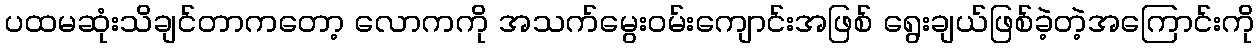
ပထမဆုံးသိချင်တာကတော့ လောကကို အသက်မွေးဝမ်းကျောင်းအဖြစ် ရွေးချယ်ဖြစ်ခဲ့တဲ့အကြောင်းကို